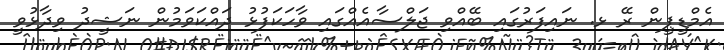
އެމްޑީޕީން ރޭ ޅ. ނައިފަރުގައި ބޭއްވި ޖަލްސާއެއްގައި ވާހަކަފުޅު ދައްކަވަމުން ނަޝީދު ވިދާޅުވީ